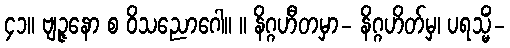
၄၁။ ဗျဉ္ဇနော စ ဝိသညောဂေါ။ ။ နိဂ္ဂဟီတမှာ- နိဂ္ဂဟိတ်မှ၊ ပရသ္မိံ-